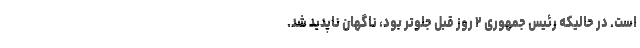
است. در حالیکه رئیس جمهوری ۲ روز قبل جلوتر بود، ناگهان ناپدید شد.